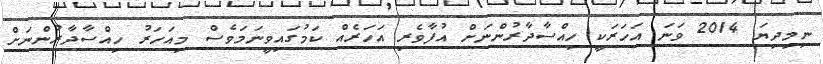
ނިމިދިޔަ 2014 ވަނަ އަހަރަކީ ހިއްސާދާރުންނަށް އުފާވެރި އަހަރެއް ކަމުގައިވީނަމަވެސް މިއަހަރު ހިއްސާދާރުންނަށް